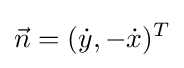
{\vec {n}}=({\dot {y}},-{\dot {x}})^{T}